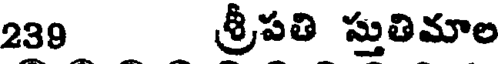
239 శ్రీపతి స్తుతిమాల